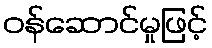
ဝန်ဆောင်မှုဖြင့်